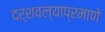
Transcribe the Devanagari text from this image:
दर्शवल्याप्रमाणे